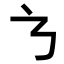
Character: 𭚥